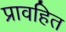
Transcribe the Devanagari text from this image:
प्रावहित